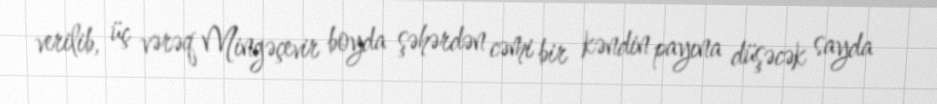
verilib, üç vərəq Mingəçevir boyda şəhərdən cəmi bir kəndin payına düşəcək sayda